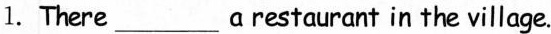
1.There ___ a restaurant in the village.